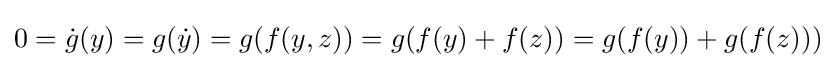
0={\dot {g}}(y)=g({\dot {y}})=g(f(y,z))=g(f(y)+f(z))=g(f(y))+g(f(z)))